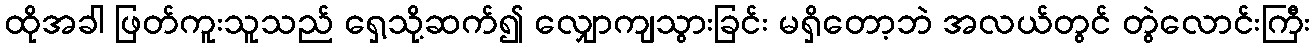
ထိုအခါ ဖြတ်ကူးသူသည် ရှေ့သို့ဆက်၍ လျှောကျသွားခြင်း မရှိတော့ဘဲ အလယ်တွင် တွဲလောင်းကြီး